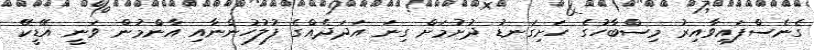
ގެނެސްފައިވާއިރު މިސްބާހުގެ ހަށިގަނޑު ދުށުމަށް ގިނަ އަދަދެއްގެ ފުލުހުންނާއި އާންމުން ވަނީ އޭޑީކޭ